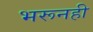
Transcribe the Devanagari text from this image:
भरूनही